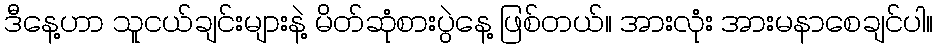
ဒီနေ့ဟာ သူငယ်ချင်းများနဲ့ မိတ်ဆုံစားပွဲနေ့ ဖြစ်တယ်။ အားလုံး အားမနာစေချင်ပါ။